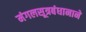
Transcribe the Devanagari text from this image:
मंगलसूत्रबंधानाने